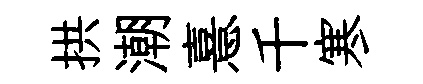
拱潮憙千寒